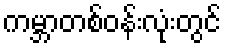
ကမ္ဘာတစ်ဝန်းလုံးတွင်